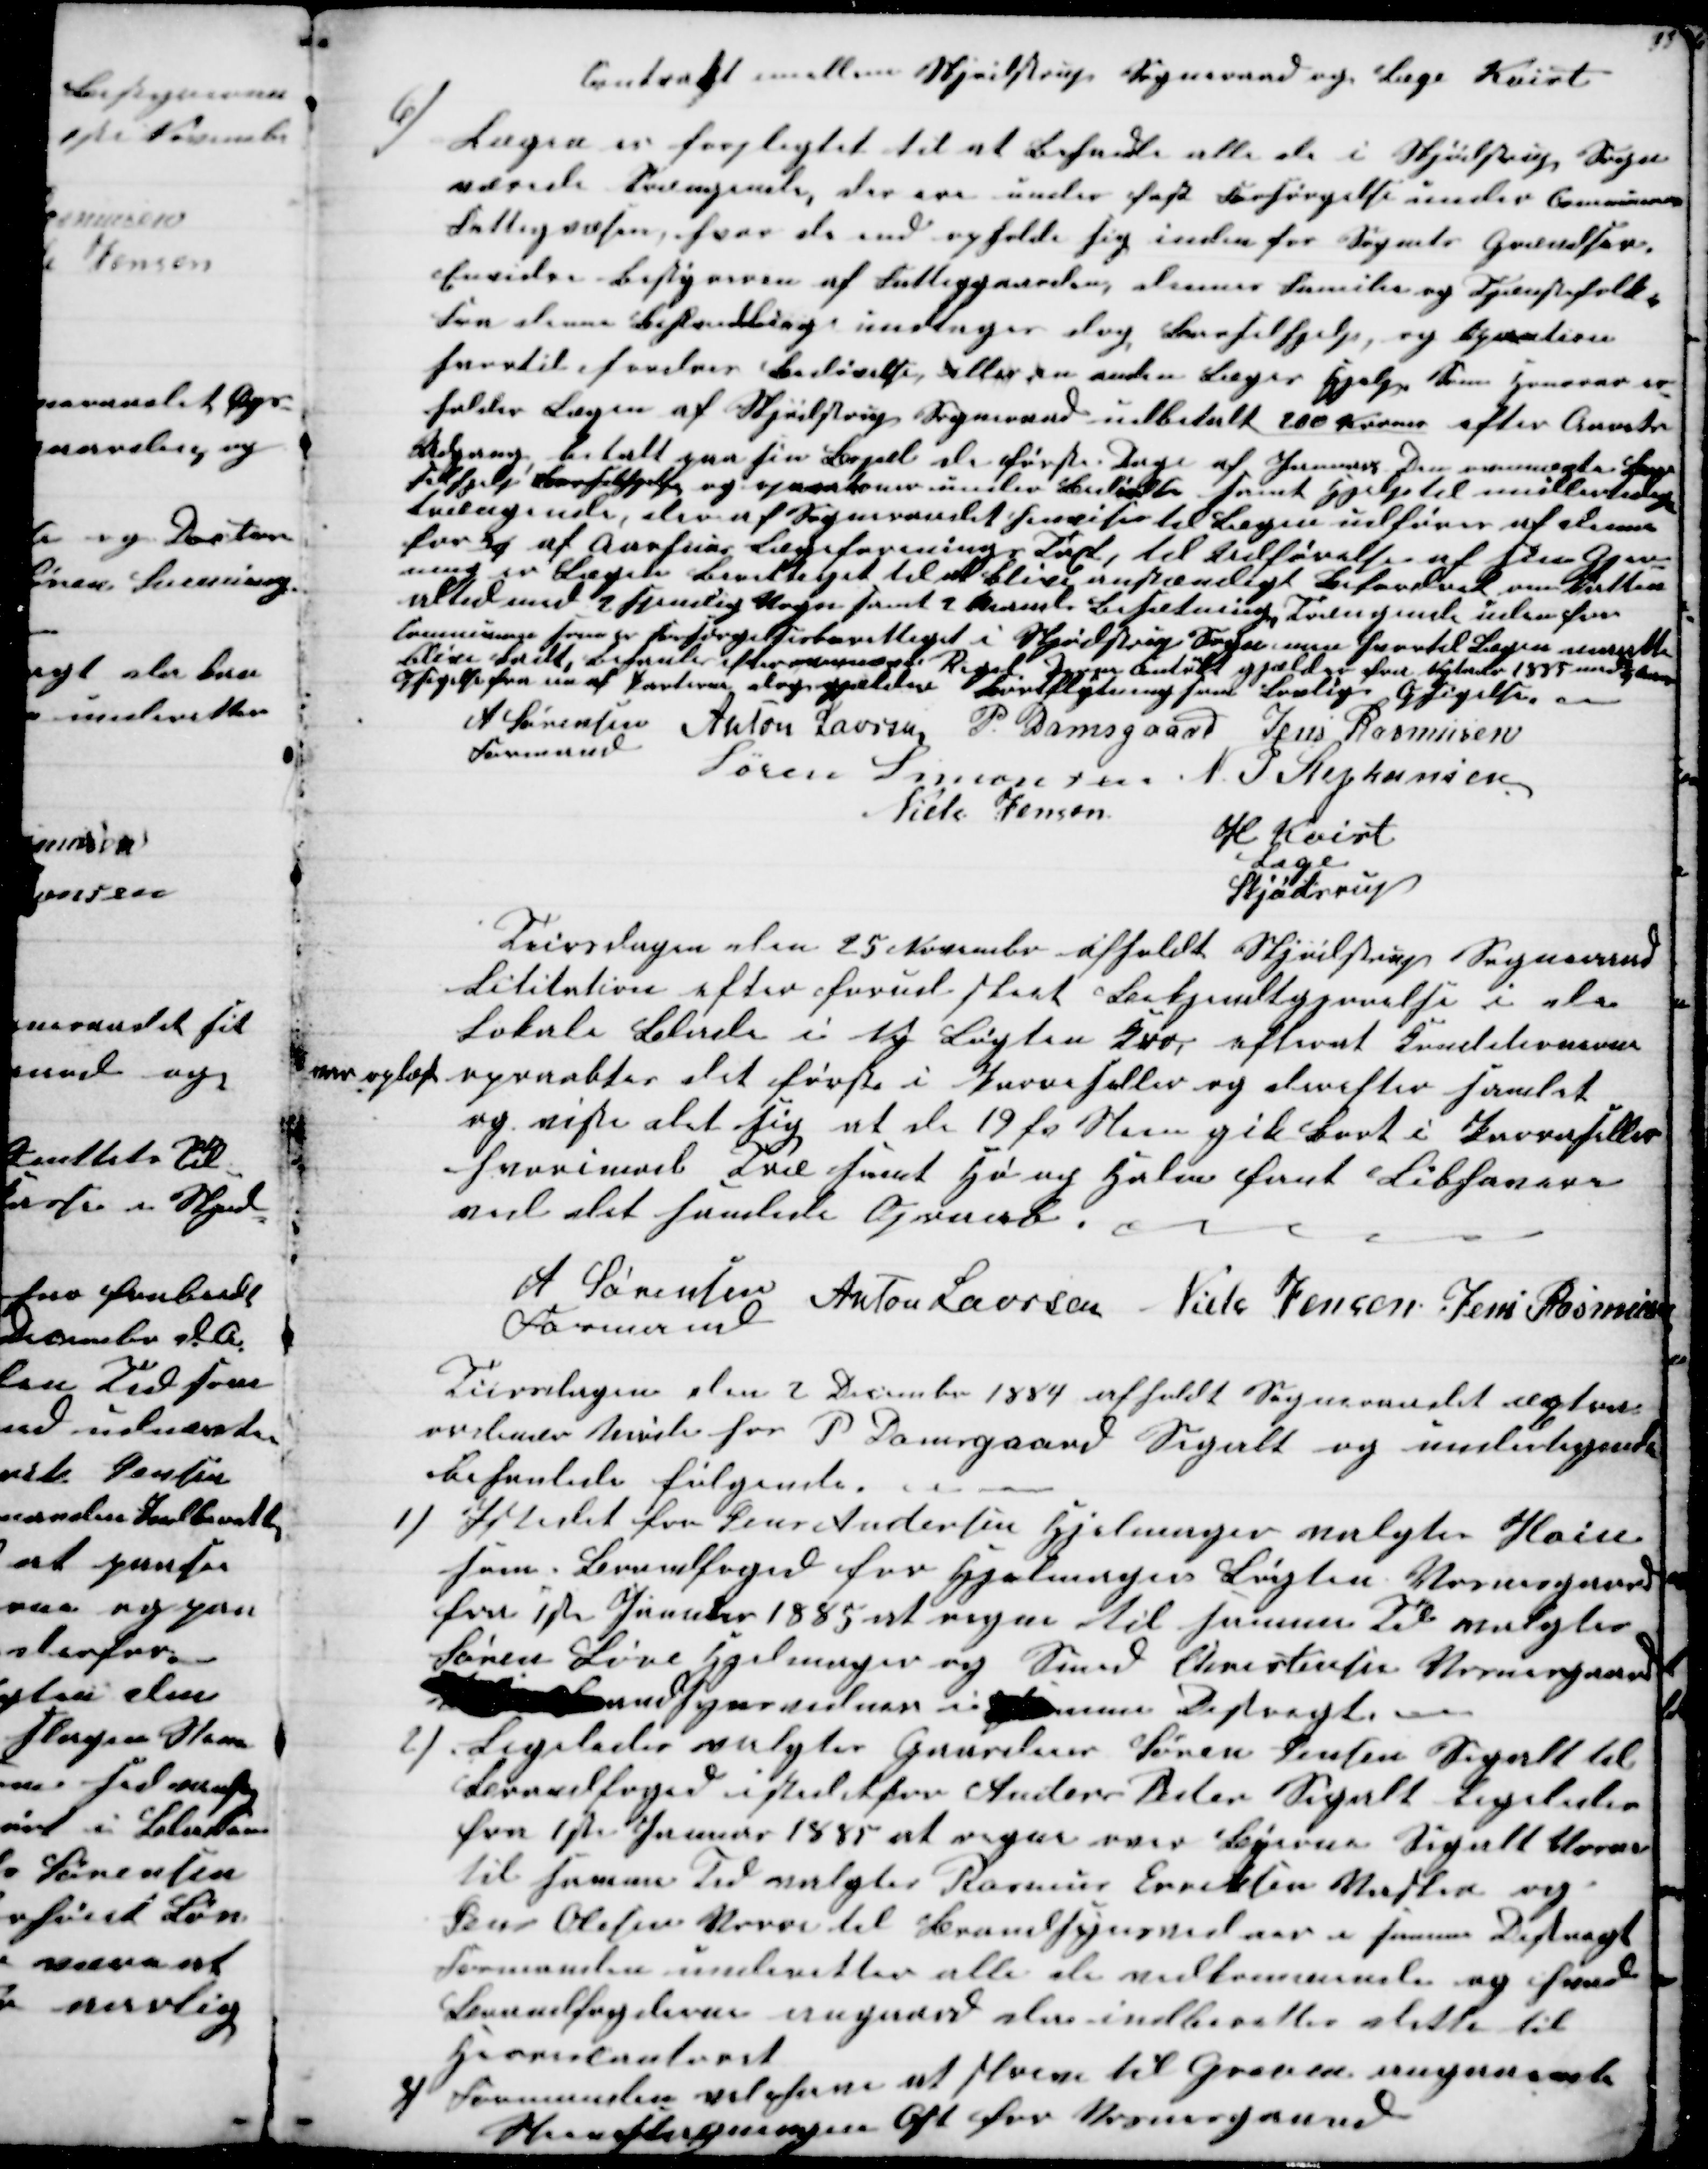
Transskription:
Contrakt imellem Skjødstrup Sogneraad og Læge Kvist
6) Lægen er forpligtet til at behandle alle de i Skjødstrup Sogn
nærede Trængende, der ere under fast Forsørgelse under Communens
Fattigvæsen, hvor de end opholde sig inden for Sognets Grænser.
Envidre Bestyreren af Fattiggaarden, dennes familie og Tjænstefolk.
Fra denne Behandling undtages dog Barselhjælp, og Operation
hvortil fordres Bedøvelse eller en anden Læges Hjælp. Som Honorar er-
holder Lægen af Skjødstrup Sogneraad udbetalt 200 Kroner efter Anvist
Adgang betalt paa sin Bopæl de første Dage af Januar. Den ovennævte Læge
Tilhjælp Barselhjælp og ogsaa kom under Beløbet samt Hjælp til midlertidig
trængende, der af Sogneraadet henvises til Lægen udføres af denne
for ¼ af Aarhuus Lægeforenings Taxt, til Udførelse af sin Gjer-
ning er Lægen Berettiget til at blive anstændigt Befordret om Natten
altid med 2 hjemlig Vogn samt 2 Mands Besætning, Trængende udenfor
Communen som er forsørgelsesberettiget i Skjødstrup Sogn, men hvortil Lægen maatte
blive kaldt, behanles efter ovennævte Regel. Denne Contrakt gjælder fra Nytaar 1885 med ½ Aars
Opsigelse fra en af Parterne dog gjælder Bortflytning som Lovlig Opsigelse.
A Sørensen 
Formand
Anton Laursen P. Damsgaard Jens Rasmusen
Søren Simonsen N. P Stephansen
Niels Jensen
H Kvist
Læge
Skjødstrup
Tirsdagen den 25 November afholdt Skjødstrup Sogneraad
Lititation efter forud sket Bekjendtgørelse i de
Lokale Blade i Ny Løgten Kro, aflevert Konditionerne
over og læst
opraabtes det første i Parseller og derefter samlet
og viste det sig at de 19 fv Steen gik Bort i Parseller
hvorimod Træ samt Hø og Halm fant Libhavere
ved det samlede Opraab.
A Sørensen 
Formand
Anton Laursen Niels Jensen Jens Rasmusen
Tiirsdagen den 2 December 1884 afholdt Sogneraadet æxtra
ordinær Møde hos P Damsgaard Segalt og undertegnede
behanlede følgende.
1) Istedet fra Jens Andersen Hjelmager valgtes Hain
som Brandfoged for Hjelmager Løgten Vosnesgaard
fra 1ste Januar 1885 at regne til samme Tid valgtes
Søren Løve Hjelmager og Smed Christensen Vosnesgaard
til Brandsynsvidner i samme Destregt.
2)
Ligeledes valgtes Gaardeier Søren Jensen Segalt til
Brandfoged istedetfor Anders Peder Segalt ligeledes
fra 1ste Januar 1885 at regne over Byerne Segalt Vorre
til samme Tid valgtes Rasmus Eriksen Vasken og
Jens Olesen Vorre til Brandsynsvidner i samme Destregt
Formanden underetter alle de vedkommende og hvad
Brandfogederne angaaer der indberettes dette til
Herredscontoret
3) Formanden vil have at skrive til Greven angaaende
stigningen  for Vosnesgaard